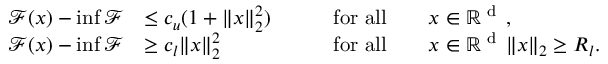
\begin{array} { r l r l } { \mathcal { F } ( x ) - \operatorname* { i n f } \mathcal { F } } & { \leq c _ { u } ( 1 + \| x \| _ { 2 } ^ { 2 } ) \qquad } & { \mathrm { f o r ~ a l l } \quad } & { x \in \mathbb R ^ { \textup { d } } \, , } \\ { \mathcal { F } ( x ) - \operatorname* { i n f } \mathcal { F } } & { \geq c _ { l } \| x \| _ { 2 } ^ { 2 } \qquad } & { \mathrm { f o r ~ a l l } \quad } & { x \in \mathbb R ^ { \textup { d } } \, \| x \| _ { 2 } \geq R _ { l } . } \end{array}